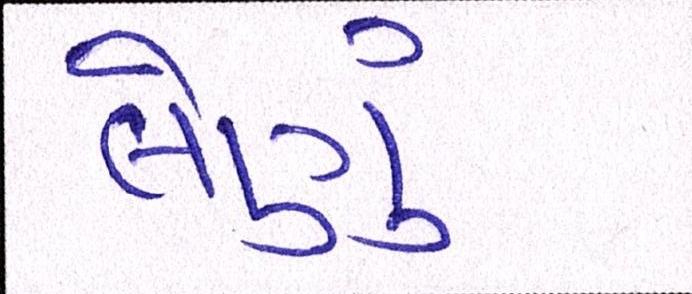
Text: લેણું